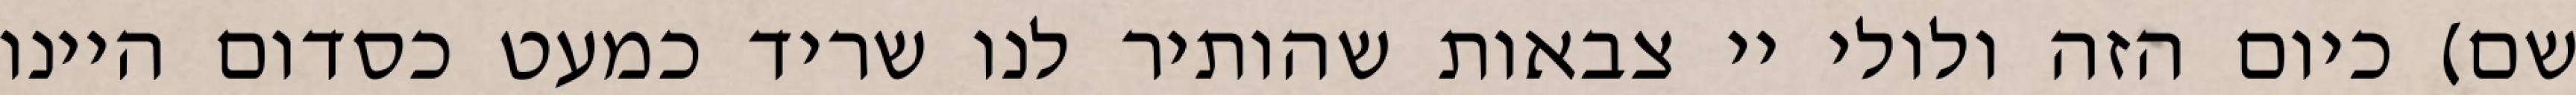
שם) כיום הזה ולולי יי צבאות שהותיר לנו שריד כמעט כסדום היינו